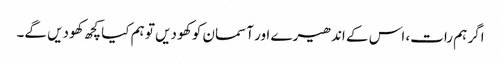
اگر ہم رات، اس کے اندھیرے اور آسمان کو کھو دیں تو ہم کیا کچھ کھودیں گے۔